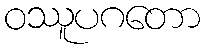
ဝဿူပဂတော